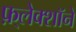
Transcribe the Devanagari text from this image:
फ़्लेक्शॉने